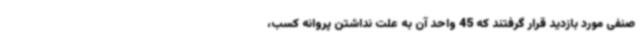
صنفی مورد بازدید قرار گرفتند که 45 واحد آن به علت نداشتن پروانه کسب،